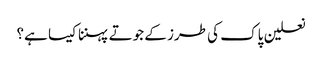
نعلین پاک کی طرز کے جوتے پہننا کیسا ہے؟